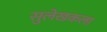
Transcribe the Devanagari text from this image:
सुलेखकला